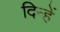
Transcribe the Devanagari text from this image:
दिन्हें